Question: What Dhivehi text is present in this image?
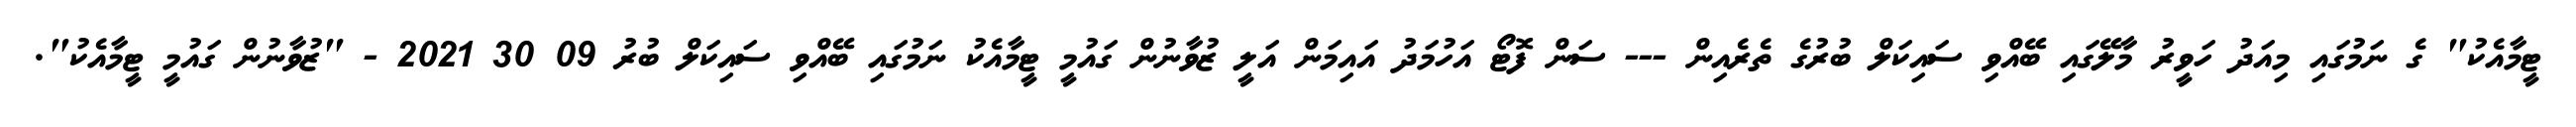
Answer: ޓީމާއެކު" ގެ ނަމުގައި މިއަދު ހަވީރު މާލޭގައި ބޭއްވި ސައިކަލް ބުރުގެ ތެރެއިން --- ސަން ފޮޓޯ އަހުމަދު އައިމަން އަލީ ޒުވާނުން ގައުމީ ޓީމާއެކު ނަމުގައި ބޭއްވި ސައިކަލް ބުރު 09 30 2021 - "ޒުވާނުން ގައުމީ ޓީމާއެކު".